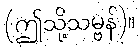
(ဤသို့သမ္ဗန်)။